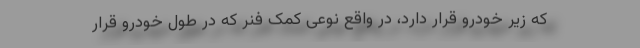
که زیر خودرو قرار دارد، در واقع نوعی کمک فنر که در طول خودرو قرار